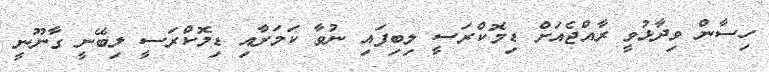
ހިސާން ވިދާޅުވީ ރާއްޖެއަށް ޑިމޮކްރަސީ ލިބިފައި ނުވާ ކަމަށާއި ޑިމޮކްރަސީ ލިބޭނީ ގާނޫނީ